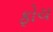
ફોચ